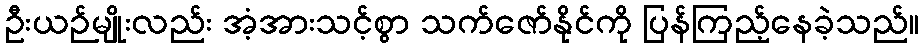
ဦးယဉ်မျိုးလည်း အံ့အားသင့်စွာ သက်ဇော်နိုင်ကို ပြန်ကြည့်နေခဲ့သည်။